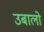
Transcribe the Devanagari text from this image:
उबालो